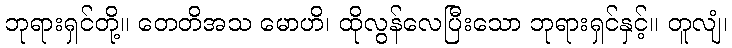
ဘုရားရှင်တို့။ တေတိအသ မောဟိ၊ ထိုလွန်လေပြီးသော ဘုရားရှင်နှင့်။ တူလျံ၊